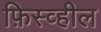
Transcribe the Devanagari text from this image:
फ़िस्व्हील